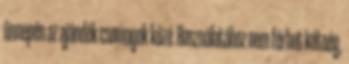
ünnepén az ajándék csomagok közé. Használatához nem férhet kétség,